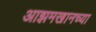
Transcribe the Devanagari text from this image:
आझमखानच्या